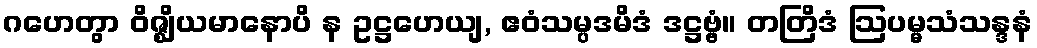
ဂဟေတွာ ဝိဇ္ဈိယမာနောပိ န ဥဋ္ဌဟေယျ, ဧဝံသမ္ပဒမိဒံ ဒဋ္ဌဗ္ဗံ။ တတြိဒံ ဩပမ္မသံသန္ဒနံ